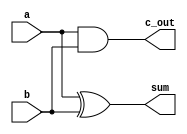
module HA (
input a, b,
output c_out, sum
);

xor G1 (sum, a, b);
and G2 (c_out, a, b); 

endmodule

module FA (
input a, b, c_in,
output c_out, sum
);

wire w1, w2, w3, w4;

HA M1 (a, b, w1, w2);  // instance 1  (input a, input b, c_out, sum)
HA M2 (w2, c_in, w3, sum); // instance 2 
or O1 (c_out, w1, w3);

endmodule

module Adder_subtractor (
input [31:0] a, b, // A and B input
input M, // mode input
output [31:0] sum,
output c_out
);

wire [31:0] x;
wire c1, c2, c3, c4, c5, c6, c7, c8, c9, c10, c11, c12, c13, c14, c15,
 c16,c17, c18, c19, c20, c21, c22, c23, c24, c25, c26, c27, c28, c29, c30, c31;

xor G0 (x[0], b[0], M); // output , A, B
xor G1 (x[1], b[1], M);
xor G2 (x[2], b[2], M);
xor G3 (x[3], b[3], M);
xor G4 (x[4], b[4], M);
xor G5 (x[5], b[5], M);
xor G6 (x[6], b[6], M);
xor G7 (x[7], b[7], M);
xor G8 (x[8], b[8], M);
xor G9 (x[9], b[9], M);
xor G10 (x[10], b[10], M);
xor G11 (x[11], b[11], M);
xor G12 (x[12], b[12], M);
xor G13 (x[13], b[13], M);
xor G14 (x[14], b[14], M);
xor G15 (x[15], b[15], M);
xor G16 (x[16], b[16], M);

xor G17 (x[17], b[17], M);
xor G18 (x[18], b[18], M);
xor G19 (x[19], b[19], M);
xor G20 (x[20], b[20], M);
xor G21 (x[21], b[21], M);
xor G22 (x[22], b[22], M);
xor G23 (x[23], b[23], M);
xor G24 (x[24], b[24], M);
xor G25 (x[25], b[25], M);
xor G26 (x[26], b[26], M);
xor G27 (x[27], b[27], M);
xor G28 (x[28], b[28], M);
xor G29 (x[29], b[29], M);
xor G30 (x[30], b[30], M);
xor G31 (x[31], b[31], M);

FA m0 (.a(a[0]), .b(x[0]), .c_in(M), .sum(sum[0]), .c_out(c1));
FA m1 (.a(a[1]), .b(x[1]), .c_in(c1), .sum(sum[1]), .c_out(c2));
FA m2 (.a(a[2]), .b(x[2]), .c_in(c2), .sum(sum[2]), .c_out(c3));
FA m3 (.a(a[3]), .b(x[3]), .c_in(c3), .sum(sum[3]), .c_out(c4));
FA m4 (.a(a[4]), .b(x[4]), .c_in(c4), .sum(sum[4]), .c_out(c5));
FA m5 (.a(a[5]), .b(x[5]), .c_in(c5), .sum(sum[5]), .c_out(c6));
FA m6 (.a(a[6]), .b(x[6]), .c_in(c6), .sum(sum[6]), .c_out(c7));
FA m7 (.a(a[7]), .b(x[7]), .c_in(c7), .sum(sum[7]), .c_out(c8));
FA m8 (.a(a[8]), .b(x[8]), .c_in(c8), .sum(sum[8]), .c_out(c9));
FA m9 (.a(a[9]), .b(x[9]), .c_in(c9), .sum(sum[9]), .c_out(c10));
FA m10 (.a(a[10]), .b(x[10]), .c_in(c10), .sum(sum[10]), .c_out(c11));
FA m11 (.a(a[11]), .b(x[11]), .c_in(c11), .sum(sum[11]), .c_out(c12));
FA m12 (.a(a[12]), .b(x[12]), .c_in(c12), .sum(sum[12]), .c_out(c13));
FA m13 (.a(a[13]), .b(x[13]), .c_in(c13), .sum(sum[13]), .c_out(c14));
FA m14 (.a(a[14]), .b(x[14]), .c_in(c14), .sum(sum[14]), .c_out(c15));
FA m15 (.a(a[15]), .b(x[15]), .c_in(c15), .sum(sum[15]), .c_out(c16));

FA m16 (.a(a[16]), .b(x[16]), .c_in(c16), .sum(sum[16]), .c_out(c17));
FA m17 (.a(a[17]), .b(x[17]), .c_in(c17), .sum(sum[17]), .c_out(c18));
FA m18 (.a(a[18]), .b(x[18]), .c_in(c18), .sum(sum[18]), .c_out(c19));
FA m19 (.a(a[19]), .b(x[19]), .c_in(c19), .sum(sum[19]), .c_out(c20));
FA m20 (.a(a[20]), .b(x[20]), .c_in(c20), .sum(sum[20]), .c_out(c21));
FA m21 (.a(a[21]), .b(x[21]), .c_in(c21), .sum(sum[21]), .c_out(c22));
FA m22 (.a(a[22]), .b(x[22]), .c_in(c22), .sum(sum[22]), .c_out(c23));
FA m23 (.a(a[23]), .b(x[23]), .c_in(c23), .sum(sum[23]), .c_out(c24));
FA m24 (.a(a[24]), .b(x[24]), .c_in(c24), .sum(sum[24]), .c_out(c25));
FA m25 (.a(a[25]), .b(x[25]), .c_in(c25), .sum(sum[25]), .c_out(c26));
FA m26 (.a(a[26]), .b(x[26]), .c_in(c26), .sum(sum[26]), .c_out(c27));
FA m27 (.a(a[27]), .b(x[27]), .c_in(c27), .sum(sum[27]), .c_out(c28));
FA m28 (.a(a[28]), .b(x[28]), .c_in(c28), .sum(sum[28]), .c_out(c29));
FA m29 (.a(a[29]), .b(x[29]), .c_in(c29), .sum(sum[29]), .c_out(c30));
FA m30 (.a(a[30]), .b(x[30]), .c_in(c30), .sum(sum[30]), .c_out(c31));
FA m31 (.a(a[31]), .b(x[31]), .c_in(c31), .sum(sum[31]), .c_out(c_out));

endmodule